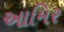
આમિર